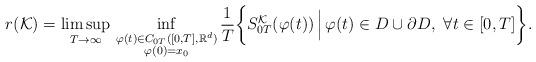
LaTeX: \begin{align*}r(\mathcal{K}) = \limsup_{T \rightarrow \infty} \,\inf_{\substack{\varphi(t) \in C_{0T}([0,T], \mathbb{R}^d)\\ \varphi(0)=x_0}} \frac{1}{T} \biggl \{ S_{0T}^{\mathcal{K}}(\varphi(t)) \, \Bigl \vert \, \varphi(t) \in D \cup \partial D,\,\, \forall t \in [0, T] \biggr\}. \end{align*}